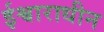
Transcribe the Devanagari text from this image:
ईश्वाराधीन